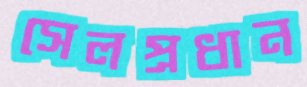
সেলপ্রধান